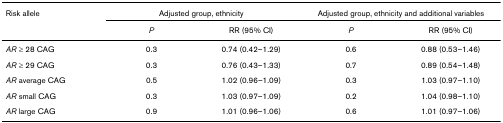
<table><thead><tr><td><b>Risk allele</b></td><td colspan="2"><b>Adjusted group, ethnicity</b></td><td colspan="2"><b>Adjusted group, ethnicity and additional variables</b></td></tr><tr><td></td><td><b><i>P</i></b></td><td><b>RR (95% CI)</b></td><td><b><i>P</i></b></td><td><b>RR (95% CI)</b></td></tr></thead><tbody><tr><td><i>AR </i>≥ 28 CAG</td><td>0.3</td><td>0.74 (0.42–1.29)</td><td>0.6</td><td>0.88 (0.53–1.46)</td></tr><tr><td><i>AR </i>≥ 29 CAG</td><td>0.3</td><td>0.76 (0.43–1.33)</td><td>0.7</td><td>0.89 (0.54–1.48)</td></tr><tr><td><i>AR </i>average CAG</td><td>0.5</td><td>1.02 (0.96–1.09)</td><td>0.3</td><td>1.03 (0.97–1.10)</td></tr><tr><td><i>AR </i>small CAG</td><td>0.3</td><td>1.03 (0.97–1.09)</td><td>0.2</td><td>1.04 (0.98–1.10)</td></tr><tr><td><i>AR </i>large CAG</td><td>0.9</td><td>1.01 (0.96–1.06)</td><td>0.6</td><td>1.01 (0.97–1.06)</td></tr></tbody></table>